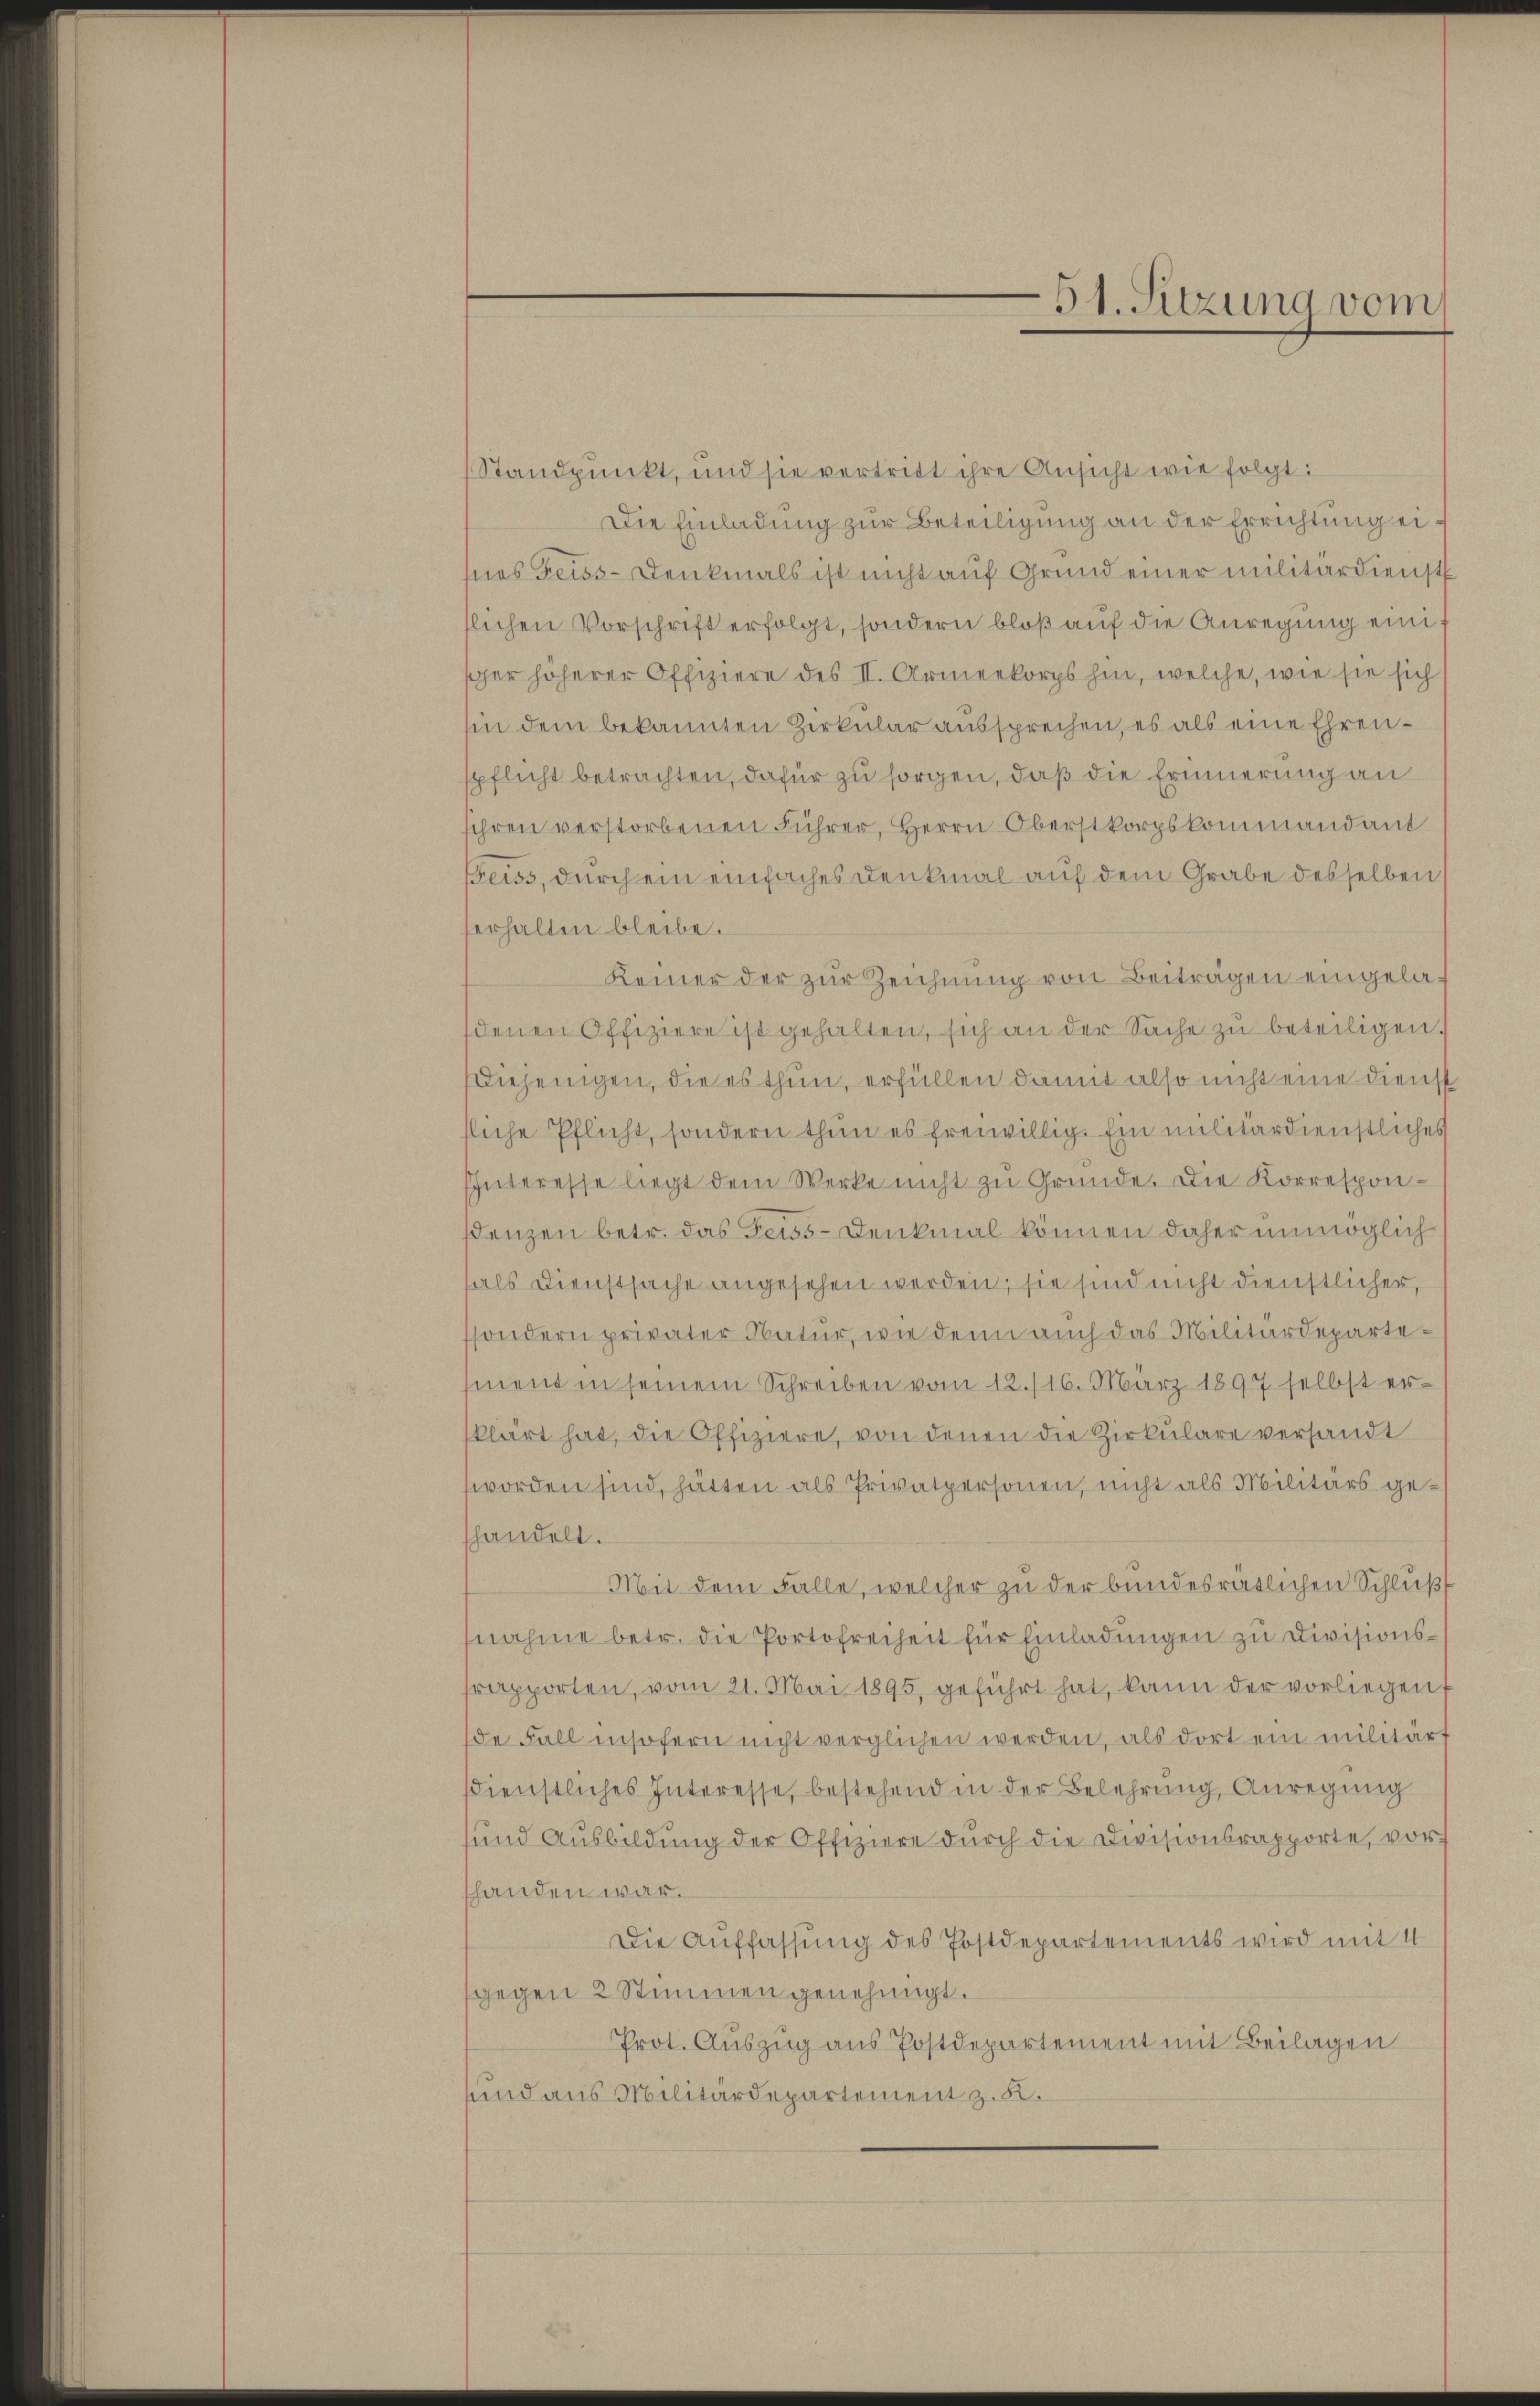
Standpunkt, und sie vertritt ihre Ansicht wie folgt:
Die Einladung zur Beteiligung an der Errichtung einas Feiss-Denkmals ist nicht auf Grund einer militärdienst
lichen Vorschrift erfolgt, sondern bloß auf die Anregung einiger höherer Offiziere des II. Armeekorps hin, welche, wie sie sich
in dem bekannten Zirkular aussprechen, es als eine Ehrenpflicht betrachten, dafür zu sorgen, daß die Erinnerung an
ihren verstorbenen Führer, Herrn Oberstkorpskommandant
Geiss, durch ein einfaches Denkmal auf dem Grabe desselben
erhalten bleibe.
Keiner der zŭr Zeichnŭng von Beiträgen eingeladenen Offiziere ist gehalten, sich an der Sache zŭ beteiligen.
Diejenigen, die es thun, erfüllen damit also nicht eine Dienst
liche Pflicht, sondern thun es freiwillig. Ein militärdienstliches
Interesse liegt dem Werke nicht zu Gründe. Die Korrespondenzen betr. das Geiss-Denkmal können daher unmöglich
hals Dienstsache angesehen werden; sie sind nicht dienstlicher,
sondern privater Natur, wie denn auch das Militärdepartement in seinem Schreiben vom 12./16. März 1897 selbst er-
klärt hat, die Offiziere, von denen die Zirkulare versandt
worden sind, hätten als Privatpersonen, nicht als Militärs gehandelt.
Mit dem Falle, welcher zu der bundesrätlichen Schluß
nahme betr. die Portofreiheit für Einladŭngen zu Divisionsrapporten, vom 21. Mai 1895, geführt hat, kann der vorliegen
de Fall insofern nicht verglichen werden, als dort ein militärt
dienstliches Interesse, bestehend in der Belehrung, Anregung
und Ausbildung der Offiziere durch die Divisionsrapporte, vorhanden war.
Die Auffassung des Postdepartements wird mit 4
gegen 2 Stimmen genehmigt.
Prot. Auszug aus Postdepartement mit Beilagen
und aus Militärdepartement z. B.

51. Sitzung vom